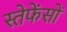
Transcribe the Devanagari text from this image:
स्तेफेंसों